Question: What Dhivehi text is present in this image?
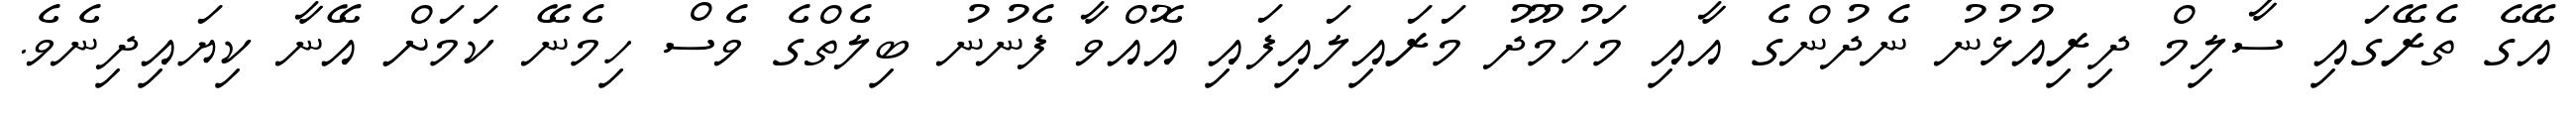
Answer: އޭގެ ތެރޭގައި ސާލިމް ދިރިއުޅުނު ނެދުންގެ އާއި މަހުމޫދު މަރައިލައިފައި އޮއްވާ ފެނުނު ބިލެތްގެ ވެސް ހިމެނޭ ކަމަށް އޭނާ ކިޔައިދިނެވެ.